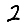
Digit: 2